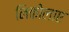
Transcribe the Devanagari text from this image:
निकोलाए